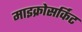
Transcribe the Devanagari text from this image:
माइक्रोसर्किट